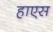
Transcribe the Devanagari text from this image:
हाएस